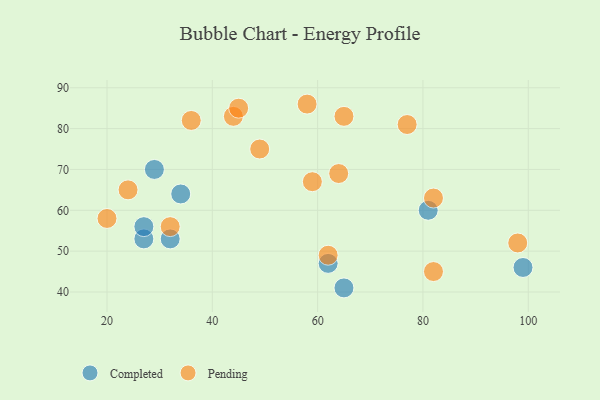
{"axis": {"x": "GDP", "y": "Life Expectancy"}, "legend": ["Completed", "Pending"], "data": [{"x": "62", "y": 47, "type": "Completed"}, {"x": "29", "y": 70, "type": "Completed"}, {"x": "65", "y": 41, "type": "Completed"}, {"x": "81", "y": 60, "type": "Completed"}, {"x": "27", "y": 53, "type": "Completed"}, {"x": "32", "y": 53, "type": "Completed"}, {"x": "34", "y": 64, "type": "Completed"}, {"x": "99", "y": 46, "type": "Completed"}, {"x": "27", "y": 56, "type": "Completed"}, {"x": "20", "y": 58, "type": "Pending"}, {"x": "24", "y": 65, "type": "Pending"}, {"x": "98", "y": 52, "type": "Pending"}, {"x": "82", "y": 63, "type": "Pending"}, {"x": "64", "y": 69, "type": "Pending"}, {"x": "58", "y": 86, "type": "Pending"}, {"x": "36", "y": 82, "type": "Pending"}, {"x": "62", "y": 49, "type": "Pending"}, {"x": "44", "y": 83, "type": "Pending"}, {"x": "32", "y": 56, "type": "Pending"}, {"x": "65", "y": 83, "type": "Pending"}, {"x": "49", "y": 75, "type": "Pending"}, {"x": "59", "y": 67, "type": "Pending"}, {"x": "82", "y": 45, "type": "Pending"}, {"x": "77", "y": 81, "type": "Pending"}, {"x": "45", "y": 85, "type": "Pending"}]}